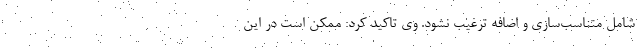
شامل متناسب‌سازی و اضافه ترغیب نشود. وی تاکید کرد: ممکن است در این